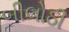
બીલોઠી